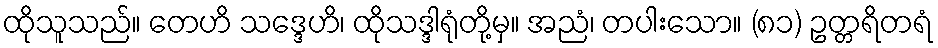
ထိုသူသည်။ တေဟိ သဒ္ဒေဟိ၊ ထိုသဒ္ဒါရုံတို့မှ။ အညံ၊ တပါးသော။ (၈၁) ဥတ္တရိတရံ